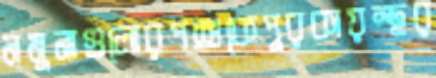
নমুনাগুলোরপশুকেপুরকায়স্থর